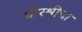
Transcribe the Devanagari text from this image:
वीरश्रीचा